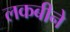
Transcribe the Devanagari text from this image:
लकबीने